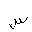
Letter: _sin